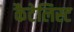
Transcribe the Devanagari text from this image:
कैटेलिस्ट